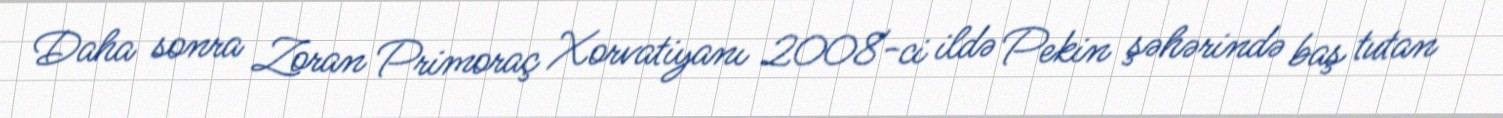
Daha sonra Zoran Primoraç Xorvatiyanı 2008-ci ildə Pekin şəhərində baş tutan